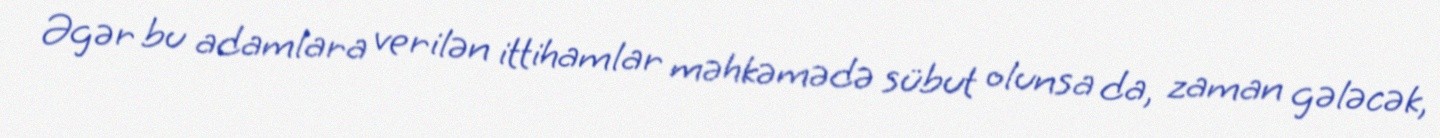
Əgər bu adamlara verilən ittihamlar məhkəmədə sübut olunsa da, zaman gələcək,